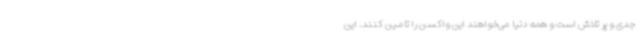
جدی و پر تلاش است و همه دنیا می‌خواهند این واکسن را تامین کنند. این